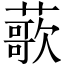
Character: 𫉸